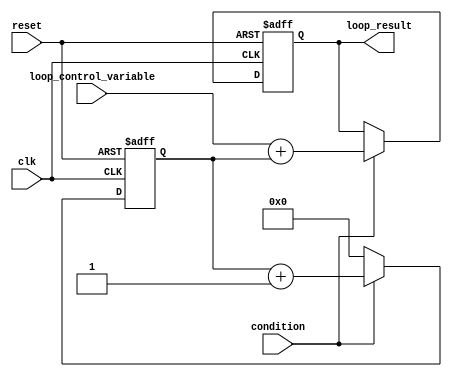
module do_while_loop (
    input clk,
    input reset,
    input condition,
    input [7:0] loop_control_variable,
    output reg [7:0] loop_result
);

reg [7:0] loop_var;

always @(posedge clk or posedge reset) begin
    if (reset) begin
        loop_var <= 0;
        loop_result <= 0;
    end else begin
        if (condition) begin
            loop_result <= loop_control_variable + loop_var;
            loop_var <= loop_var + 1;
        end else begin
            loop_var <= 0;
        end
    end
end

endmodule